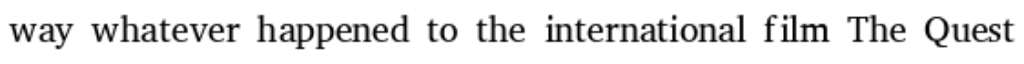
way whatever happened to the international film The Quest